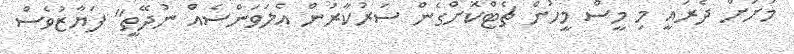
މަށަށް ދެރައީ މި މީސް މީހުން ޗެޓްކޮށްގެން ސަރުކާރުން އެލަވަންސެއް ނުދޭތީ" ފަޔާޒުވެސް